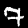
Label: 7